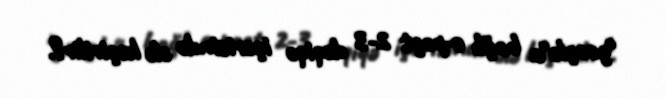
"google"a bağlı e-poçt 2-3 dəqiqə içərisində ələ keçirilir?.